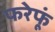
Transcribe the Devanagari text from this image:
फरेफूं